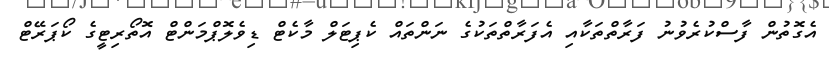
އެގޮތުން ފާސްކުރެވުނު ފަރާތްތަކާއި އެފަރާތްތަކުގެ ނަންތައް ކެޕިޓަލް މާކެޓް ޑިވެލޮޕްމަންޓް އޮތޯރިޓީގެ ކޯޕަރޭޓް